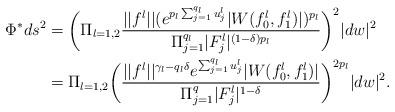
LaTeX: \begin{align*}\Phi^*ds^2& = \bigg(\Pi_{l=1,2} \dfrac{||f^l||(e^{p_l\sum_{j=1}^{q_l}u^l_j}|W(f^l_0,f^l_1)|)^{p_l}}{ \Pi_{j=1}^{q_l}|F^l_j|^{(1-\delta)p_l}}\bigg)^2|dw|^2\\&= \Pi_{l=1,2}\bigg( \dfrac{||f^l||^{\gamma_l-q_l\delta}e^{\sum_{j=1}^{q_l}u^l_j}|W(f^l_0,f^l_1)|}{ \Pi_{j=1}^q|F^l_j|^{1-\delta}}\bigg)^{2p_l}|dw|^2.\end{align*}